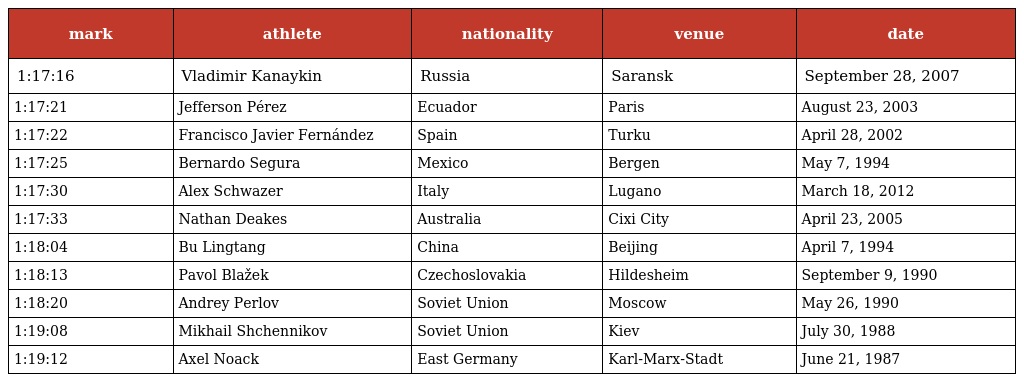
| mark | athlete | nationality | venue | date |
 | --- | --- | --- | --- | --- |
 | 1:17:16 | Vladimir Kanaykin | Russia | Saransk | September 28, 2007 |
 | 1:17:21 | Jefferson Pérez | Ecuador | Paris | August 23, 2003 |
 | 1:17:22 | Francisco Javier Fernández | Spain | Turku | April 28, 2002 |
 | 1:17:25 | Bernardo Segura | Mexico | Bergen | May 7, 1994 |
 | 1:17:30 | Alex Schwazer | Italy | Lugano | March 18, 2012 |
 | 1:17:33 | Nathan Deakes | Australia | Cixi City | April 23, 2005 |
 | 1:18:04 | Bu Lingtang | China | Beijing | April 7, 1994 |
 | 1:18:13 | Pavol Blažek | Czechoslovakia | Hildesheim | September 9, 1990 |
 | 1:18:20 | Andrey Perlov | Soviet Union | Moscow | May 26, 1990 |
 | 1:19:08 | Mikhail Shchennikov | Soviet Union | Kiev | July 30, 1988 |
 | 1:19:12 | Axel Noack | East Germany | Karl-Marx-Stadt | June 21, 1987 |